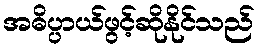
အဓိပ္ပာယ်ဖွင့်ဆိုနိုင်သည်